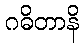
ဂဓိတာနိ